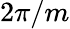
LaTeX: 2\pi/m